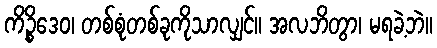
ကိဉ္စိဒေဝ၊ တစ်စုံတစ်ခုကိုသာလျှင်။ အလဘိတွာ၊ မရခဲ့ဘဲ။